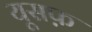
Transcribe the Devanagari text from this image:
यूसफ़